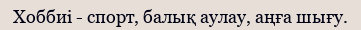
Хоббиі - спорт, балық аулау, аңға шығу.